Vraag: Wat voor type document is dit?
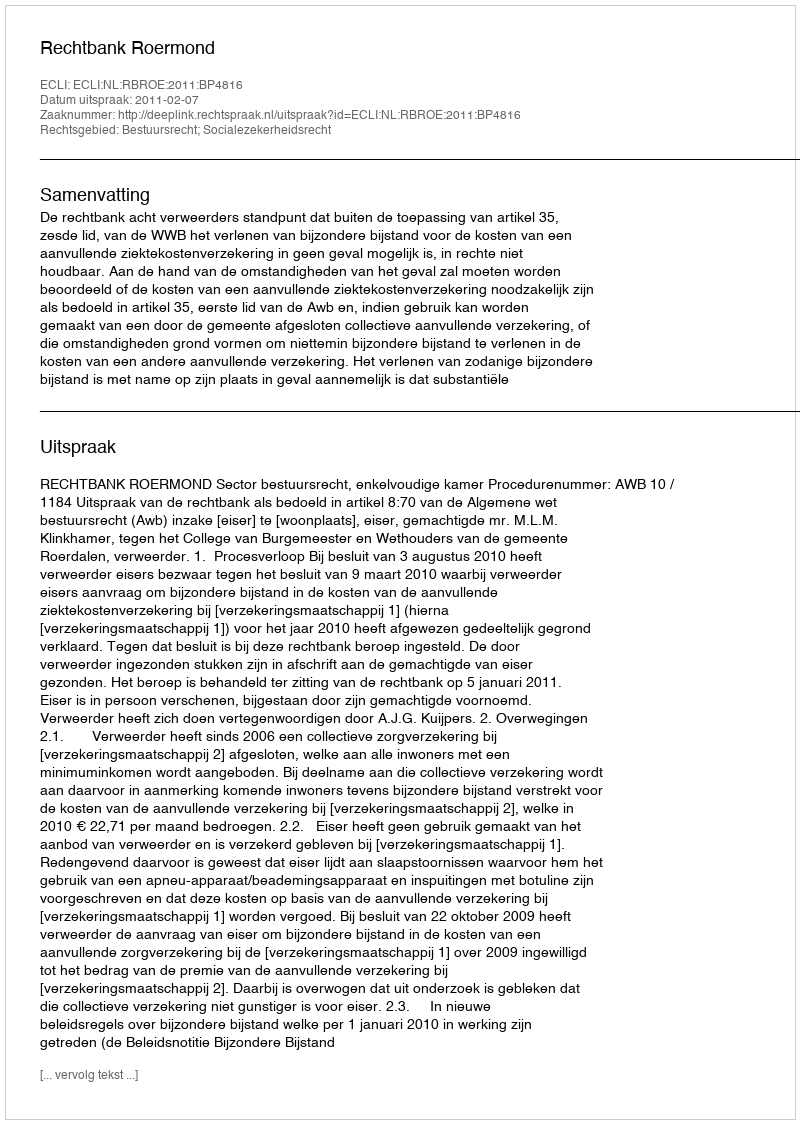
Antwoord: Uitspraak